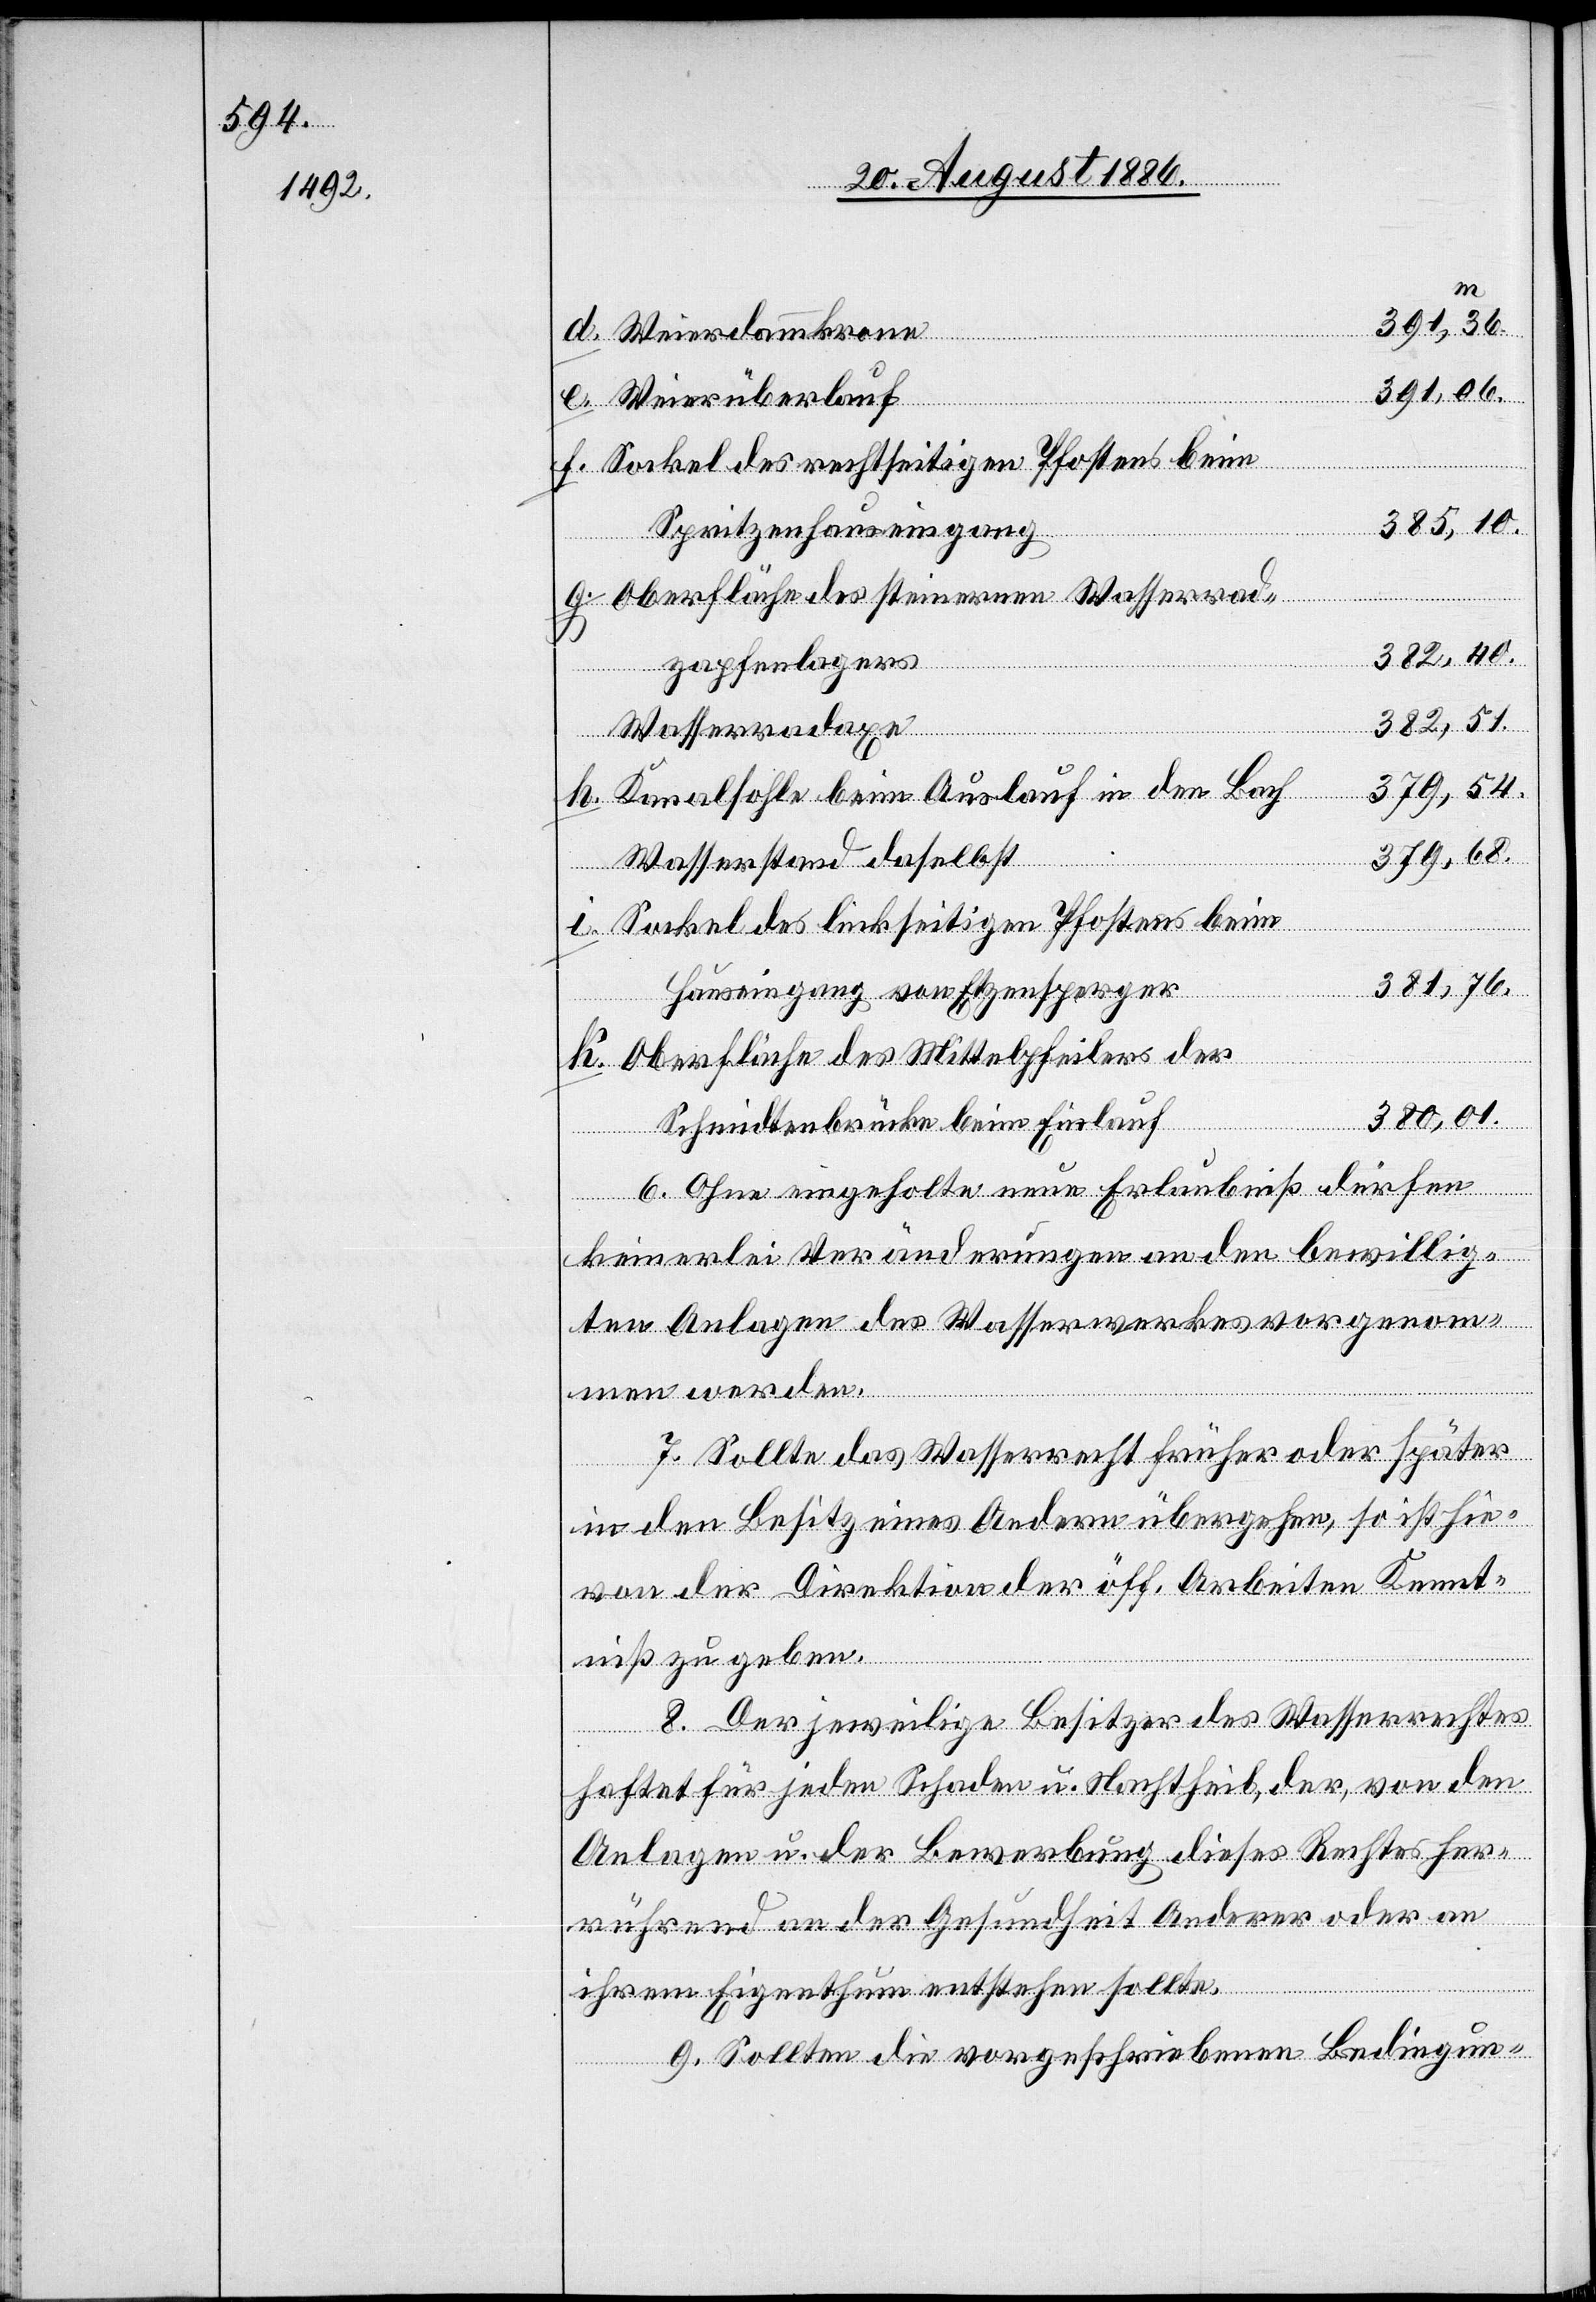
391,36
krone
391,06
Weierüberlauf
Sockel des rechtseitigen Pfostens beim
385,10
Spritzenhauseingang
i.
Oberfläche des steinernen Wasserrad¬
zapfenlagers
381,76
Wasserradaxe
379,54
Kanalsohle beim Auslauf in den Bach
379,68
Wasserstand daselbst
Sockel des linkseitigen Pfostens beim
Hauseingang Etzensperger
k.
Oberfläche des Mittelpfeilers der
380,01
Schmidtenbrücke beim Einlauf
6. Ohne eingeholte neue Erlaubniß dürfen
keinerlei Veränderungen an den bewillig¬
ten Anlagen des Wasserwerkes vorgenom¬
men werden.
7. Sollte das Wasserrecht früher oder später
in den Besitz eines Andern übergehen, so ist hie¬
von der Direktion der öff. Arbeiten Kennt¬
niß zu geben.
8. Der jeweilige Besitzer des Wasserrechtes
haftet für jeden Schaden u. Nachtheil, der, von den
Anlagen u. der Bewerbung dieses Rechtes her¬
h.
rührend an der Gesundheit Anderer oder an
g.
Weierdamm¬
ihrem Eigenthum entstehen sollte.
9. Sollten die vorgeschriebenen Bedingung-